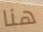
هنا